Proceedings of the meeting of veterinary officers in India
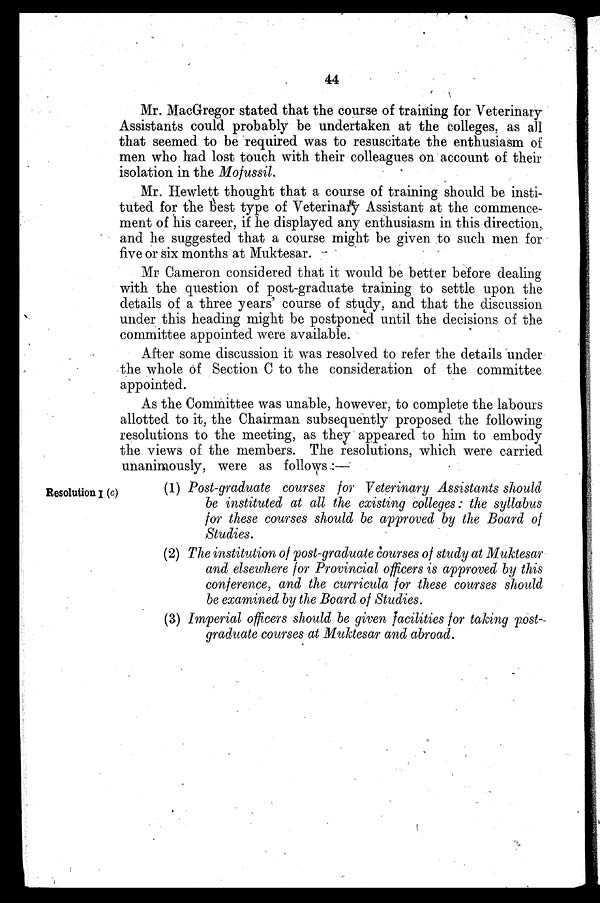
44
Mr. MacGregor stated that the course of training for Veterinary
Assistants could probably be undertaken at the colleges, as all
that seemed to be required was to resuscitate the enthusiasm of
men who had lost touch with their colleagues on account of their
isolation in the Mofussil.
Mr. Hewlett thought that a course of training should be insti-
tuted for the best type of Veterinary Assistant at the commence-
ment of his career, if he displayed any enthusiasm in this direction,
and he suggested that a course might be given to such men for
five or six months at Muktesar.
Mr Cameron considered that it would be better before dealing
with the question of post-graduate training to settle upon the
details of a three years' course of study, and that the discussion
under this heading might be postponed until the decisions of the
committee appointed were available.
After some discussion it was resolved to refer the details under
the whole of Section C to the consideration of the committee
appointed.
As the Committee was unable, however, to complete the labours
allotted to it, the Chairman subsequently proposed the following
resolutions to the meeting, as they appeared to him to embody
the views of the members. The resolutions, which were carried
unanimously, were as follows:—
Resolution I (c)
(1) Post-graduate courses for Veterinary Assistants should
be instituted at all the existing colleges: the syllabus
for these courses should be approved by the Board of
Studies.
(2) The institution of post-graduate courses of study at Muktesar
and elsewhere for Provincial officers is approved by this
conference, and the curricula for these courses should
be examined by the Board of Studies.
(3) Imperial officers should be given facilities for taking post-
graduate courses at Muktesar and abroad.